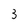
Character: 3